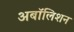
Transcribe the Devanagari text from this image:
अबॉलिशन